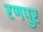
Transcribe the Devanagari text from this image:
रणपुर